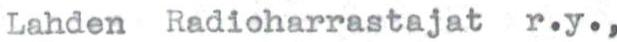
Lahden Radioharrastajat r.y.,